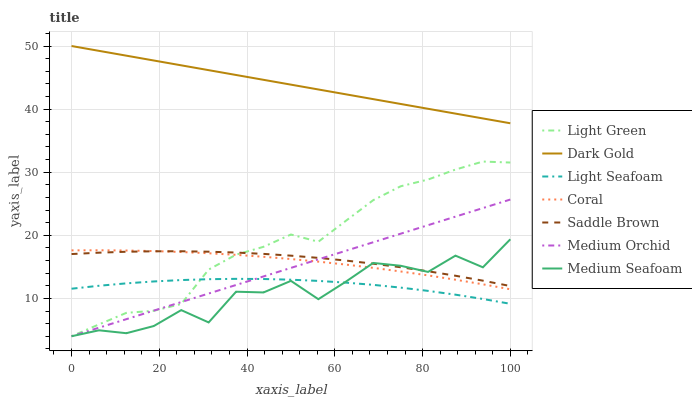
| xaxis_label | Light Green | Dark Gold | Light Seafoam | Coral | Saddle Brown | Medium Orchid | Medium Seafoam |
 | --- | --- | --- | --- | --- | --- | --- | --- |
 | 0 | 4 | 50 | 11.5 | 17.6 | 17 | 4 | 4 |
 | 6.25 | 5.88 | 49.2 | 12 | 17.6 | 17.2 | 5.35 | 4.94 |
 | 12.5 | 7.71 | 48.5 | 12.4 | 17.6 | 17.4 | 6.71 | 4.48 |
 | 18.8 | 8.04 | 47.7 | 12.7 | 17.5 | 17.5 | 8.06 | 5.62 |
 | 25 | 9.11 | 46.9 | 12.9 | 17.4 | 17.5 | 9.42 | 8.14 |
 | 31.2 | 14.6 | 46.2 | 13 | 17.2 | 17.4 | 10.8 | 6.19 |
 | 37.5 | 16.9 | 45.4 | 13.1 | 16.9 | 17.3 | 12.1 | 11.1 |
 | 43.8 | 18.2 | 44.6 | 13.1 | 16.6 | 17.1 | 13.5 | 10.9 |
 | 50 | 20.1 | 43.9 | 13 | 16.2 | 16.8 | 14.8 | 12.8 |
 | 56.2 | 19 | 43.1 | 12.8 | 15.8 | 16.4 | 16.2 | 9.87 |
 | 62.5 | 22.3 | 42.3 | 12.5 | 15.4 | 16 | 17.5 | 12.6 |
 | 68.8 | 25.6 | 41.6 | 12.1 | 14.8 | 15.5 | 18.9 | 15.6 |
 | 75 | 27.8 | 40.8 | 11.7 | 14.3 | 14.9 | 20.3 | 15.2 |
 | 81.2 | 28.8 | 40.1 | 11.2 | 13.6 | 14.3 | 21.6 | 14.2 |
 | 87.5 | 30.4 | 39.3 | 10.6 | 13 | 13.6 | 23 | 16.8 |
 | 93.8 | 31.7 | 38.5 | 9.91 | 12.2 | 12.8 | 24.3 | 14.9 |
 | 100 | 31.5 | 37.8 | 9.14 | 11.4 | 12 | 25.7 | 19.4 |